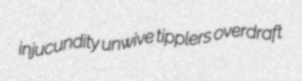
injucundity unwive tipplers overdraft